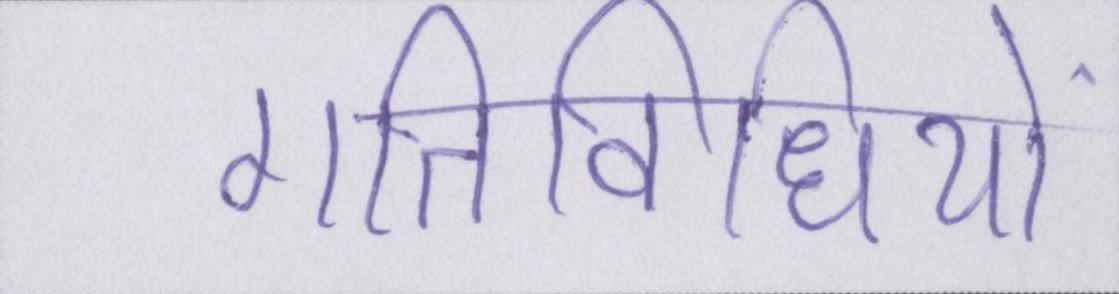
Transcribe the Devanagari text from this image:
गतिविधियों